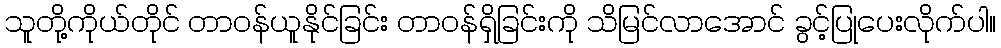
သူတို့ကိုယ်တိုင် တာဝန်ယူနိုင်ခြင်း တာဝန်ရှိခြင်းကို သိမြင်လာအောင် ခွင့်ပြုပေးလိုက်ပါ။